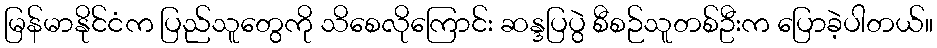
မြန်မာနိုင်ငံက ပြည်သူတွေကို သိစေလိုကြောင်း ဆန္ဒပြပွဲ စီစဉ်သူတစ်ဦးက ပြောခဲ့ပါတယ်။